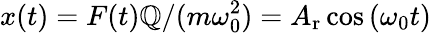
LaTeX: x(t)=F(t)\mathbb{Q}/(m\omega_{0}^{2})=A_{\mathrm{{r}}}\cos{(\omega_{0}t)}